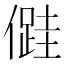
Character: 𠏠